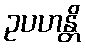
ဥပဟန္တိ